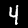
Digit: 4